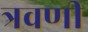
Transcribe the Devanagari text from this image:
त्रवणी